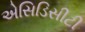
એસિડિસીટી